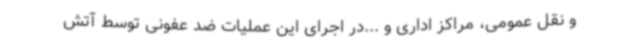
و نقل عمومی، مراکز اداری و ...در اجرای این عملیات ضد عفونی توسط آتش